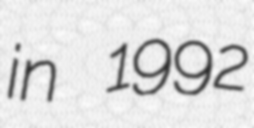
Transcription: in 1992